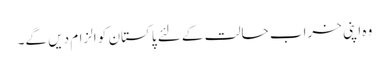
وہ اپنی خراب حالت کے لئے پاکستان کو الزام دیں گے۔